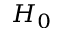
H _ { 0 }